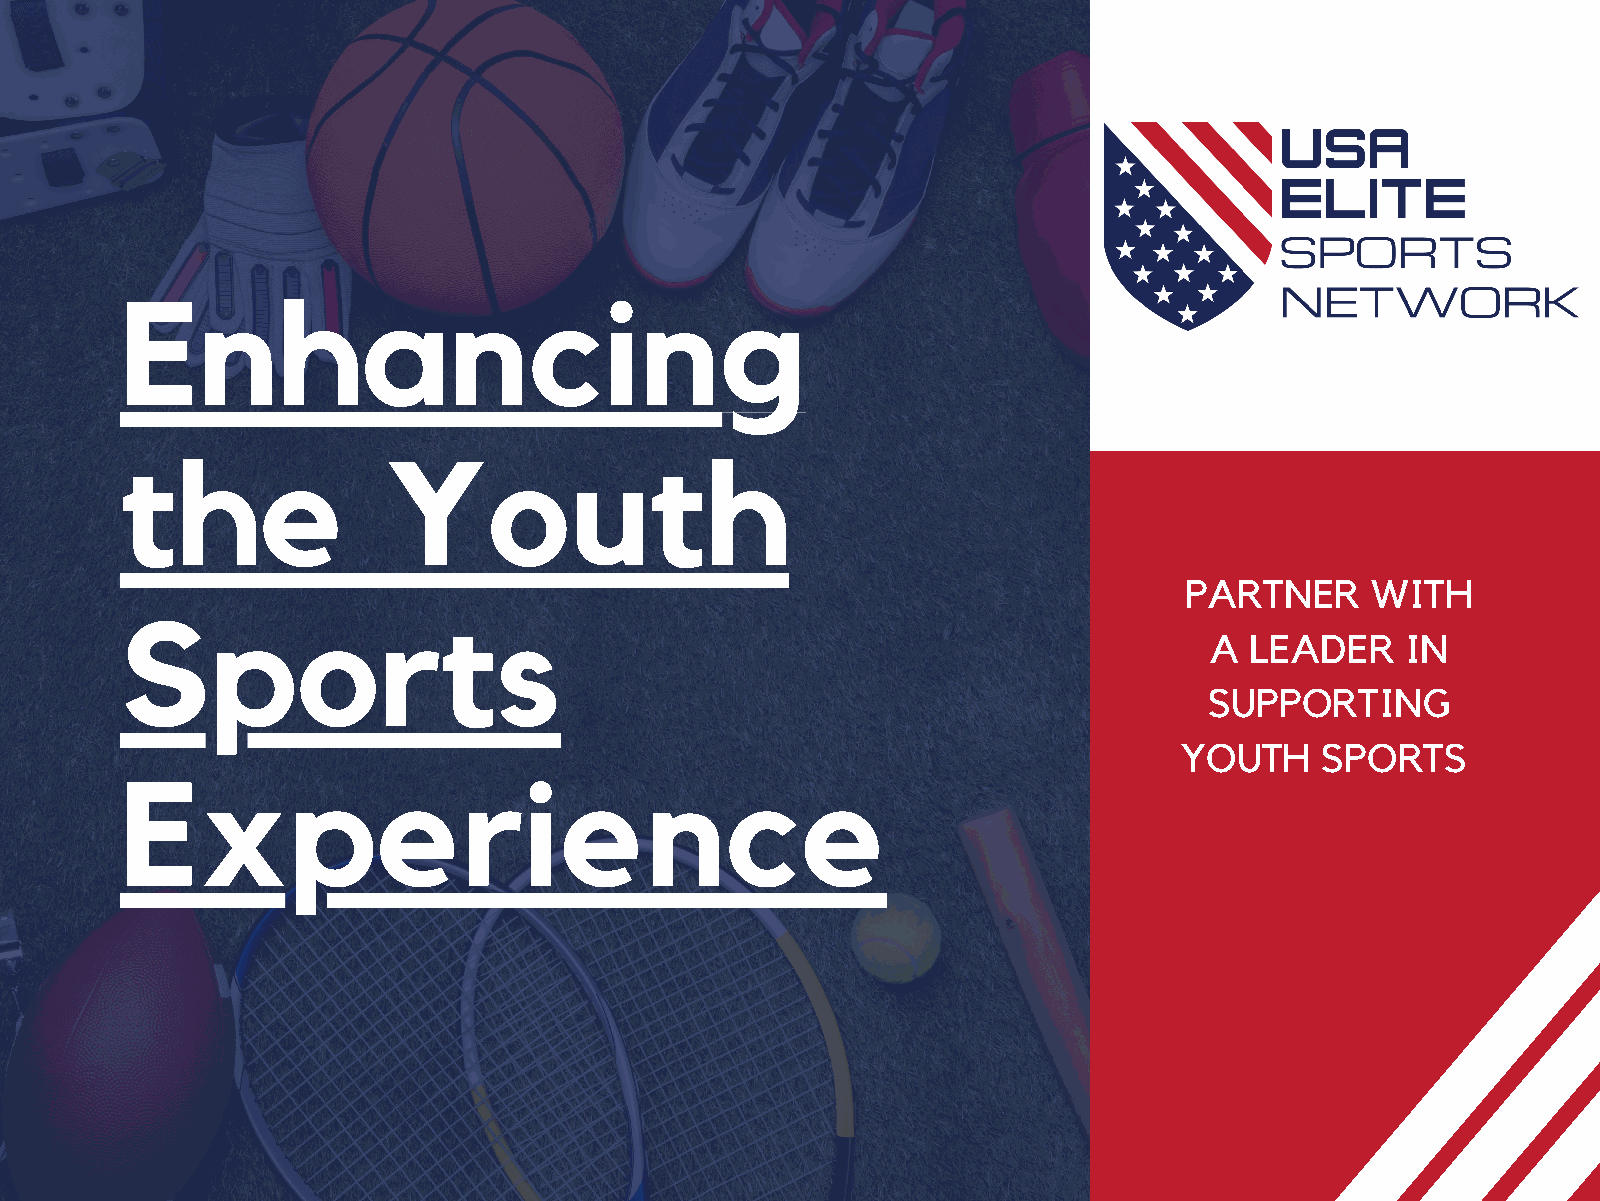
Enhancing
 the               Youth
 PARTNER      WITH
 Sports
 A  LEADER    IN
 SUPPORTING
 YOUTH    SPORTS
 Experience